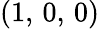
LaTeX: (1,\, 0,\, 0)